Senior Leaving Certificate Examination (including Day School Certificate (Higher) General paper), 1948
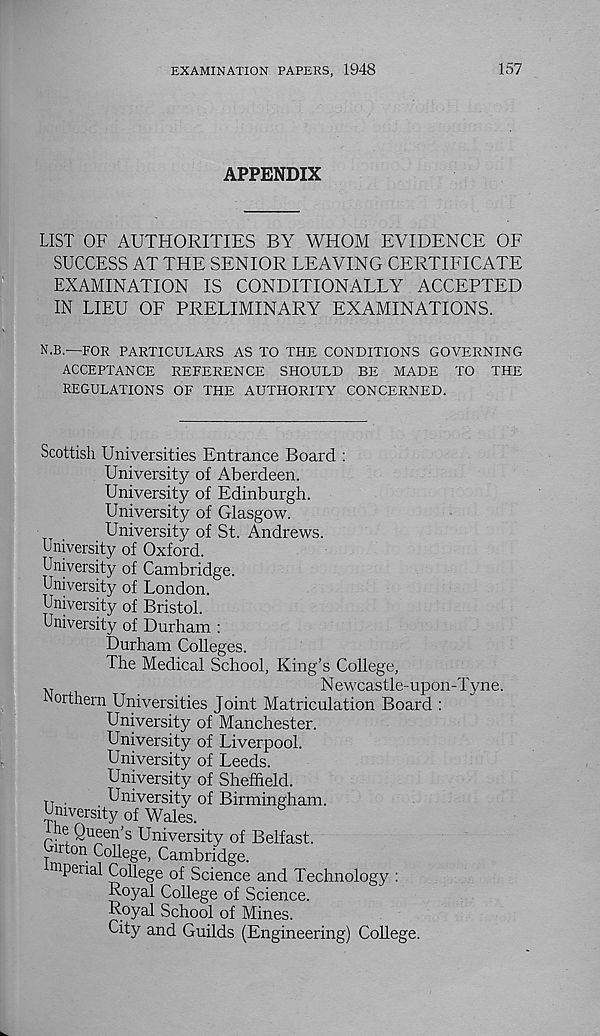
EXAMINATION PAPERS, 1948
157
APPENDIX
LIST OF AUTHORITIES BY WHOM EVIDENCE OF
SUCCESS AT THE SENIOR LEAVING CERTIFICATE
EXAMINATION IS CONDITIONALLY ACCEPTED
IN LIEU OF PRELIMINARY EXAMINATIONS.
N.B.-—FOR PARTICULARS AS TO THE CONDITIONS GOVERNING
ACCEPTANCE REFERENCE SHOULD BE MADE TO THE
REGULATIONS OF THE AUTHORITY CONCERNED.
Scottish Universities Entrance Board :
University of Aberdeen.
University of Edinburgh.
University of Glasgow.
University of St. Andrews.
University of Oxford.
University of Cambridge.
University of London.
University of Bristol.
University of Durham :
Durham Colleges.
The Medical School, King’s College,
M
Newcastle-upon-
orthern Universities Joint Matriculation Board :
University of Manchester.
University of Liverpool.
University of Leeds.
University of Sheffield.
TT .
University of Birmingham.
University of Wales.
Jhe Queen’s University of Belfast,
irton College, Cambridge,
mpenal College of Science and Technology :
Royal College of Science.
Royal School of Mines.
City and Guilds (Engineering) College.
lyne.